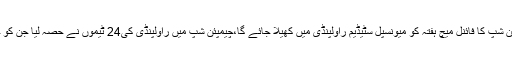
2015ء) راولپنڈی فٹ بال چیمپئن شپ کا فائنل میچ ہفتہ کو میونسپل سٹیڈیم راولپنڈی میں کھیلا جائے گا،چیمپئن شپ میں راولپنڈی کی24 ٹیموں نے حصہ لیا جن کو چار گروپ میں تقسیم کیا گیا تھا۔